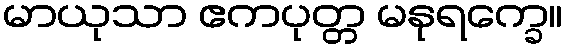
မာယုသာ ဧကပုတ္တ မနုရက္ခေ။